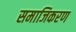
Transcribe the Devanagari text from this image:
समाजिकरण